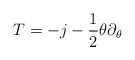
\begin{align*}T = - j - {1 \over 2} \theta \partial_{\theta}\end{align*}